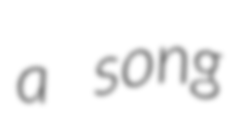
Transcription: a song